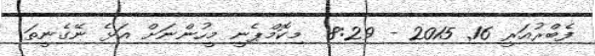
ފެބްރުއަރީ 16